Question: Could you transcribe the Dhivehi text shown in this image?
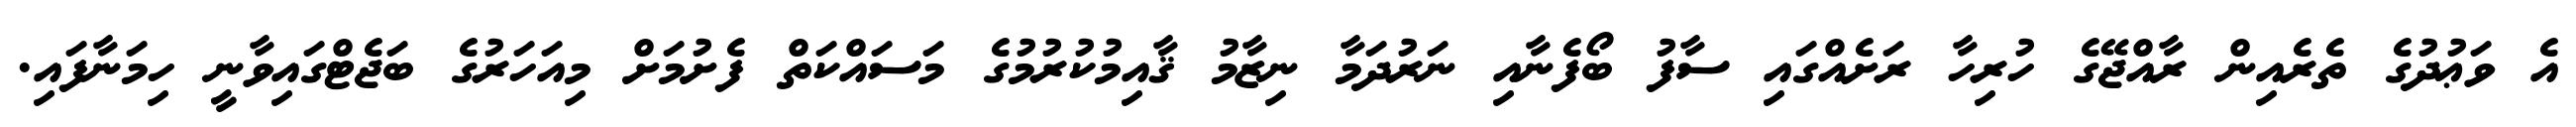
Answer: އެ ވަޢުދުގެ ތެރެއިން ރާއްޖޭގެ ހުރިހާ ރަށެއްގައި ސާފު ބޯފެނާއި ނަރުދަމާ ނިޒާމު ޤާއިމުކުރުމުގެ މަސައްކަތް ފެށުމަށް މިއަހަރުގެ ބަޖެޓްގައިވާނީ ހިމަނާފައި.